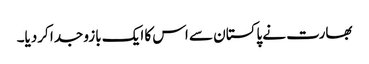
بھارت نے پاکستان سے اس کا ایک بازو جدا کردیا۔